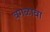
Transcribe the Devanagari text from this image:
वगळावा